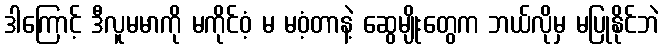
ဒါကြောင့် ဒီလူမမာကို မကိုင်ဝံ့ မ မဝံ့တာနဲ့ ဆွေမျိုးတွေက ဘယ်လိုမှ မပြုနိုင်ဘဲ